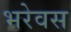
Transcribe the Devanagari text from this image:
भरेवस